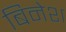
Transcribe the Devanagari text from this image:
बिनेश